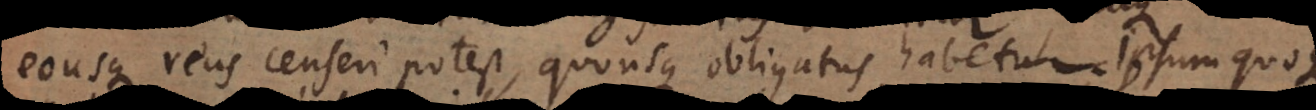
eousque reus censeri potest, quousque obligatus habetur. Ipsum quoqu